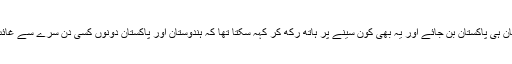
یا سارا ہندوستان ہی پاکستان بن جائے اور یہ بھی کون سینے پر ہاتھ رکھ کر کہہ سکتا تھا کہ ہندوستان اور پاکستان دونوں کسی دن سرے سے غائب ہی ہوجائیں۔